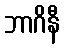
ဘာဂိနီ